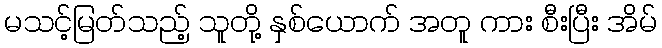
မသင့်မြတ်သည့် သူတို့ နှစ်ယောက် အတူ ကား စီးပြီး အိမ်